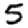
Digit: 5